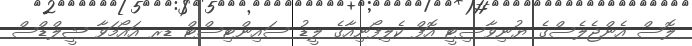
ލޮސް އެންޖެލެސްގެ ޔުނިވާސިޓީ އޮފް ކެލިފޯނިއާގެ ލީޑު ސައިންޓިސްޓް ޑރ އައޯމަވާ ޝީލްޑްސް